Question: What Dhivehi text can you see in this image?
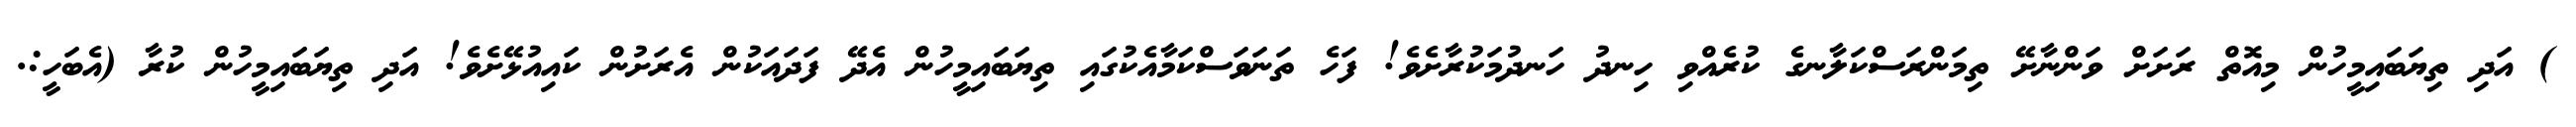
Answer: ) އަދި ތިޔަބައިމީހުން މިއޮތް ރަށަށް ވަންނާށޭ ތިމަންރަސްކަލާނގެ ކުރެއްވި ހިނދު ހަނދުމަކުރާށެވެ! ފަހެ ތަނަވަސްކަމާއެކުގައި ތިޔަބައިމީހުން އެދޭ ފަދައަކުން އެރަށުން ކައިއުޅޭށެވެ! އަދި ތިޔަބައިމީހުން ކުރާ (އެބަހީ:.